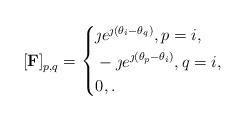
LaTeX: \begin{align*}\left[\bold{F}\right]_{p,q}=\left\{\begin{aligned}& \jmath e^{\jmath (\theta_{i}-\theta_{q})} , p = i, \\& -\jmath e^{\jmath (\theta_{p}-\theta_{i})} , q = i, \\&0, . \\\end{aligned}\right.\end{align*}